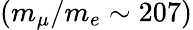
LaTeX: (m_{\mu}/m_{e}\sim 207)